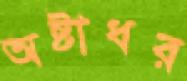
অষ্টাধর